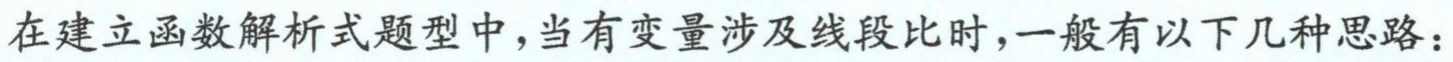
在建立函数解析式题型中，当有变量涉及线段比时，一般有以下几种思路：